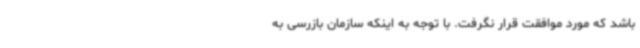
باشد که مورد موافقت قرار نگرفت. با توجه به اینکه سازمان بازرسی به